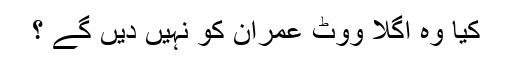
کیا وہ اگلا ووٹ عمران کو نہیں دیں گے ؟